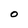
Character: O